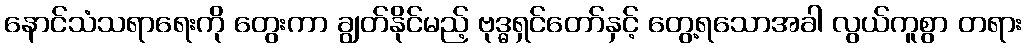
နောင်သံသရာရေးကို တွေးကာ ချွတ်နိုင်မည့် ဗုဒ္ဓရှင်တော်နှင့် တွေ့ရသောအခါ လွယ်ကူစွာ တရား